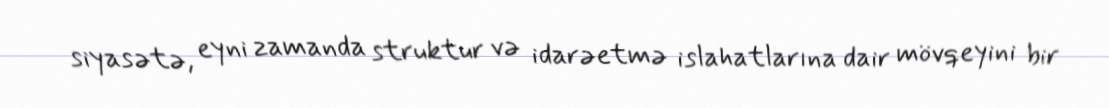
siyasətə, eyni zamanda struktur və idarəetmə islahatlarına dair mövqeyini bir